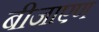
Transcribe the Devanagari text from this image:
बीजाएण